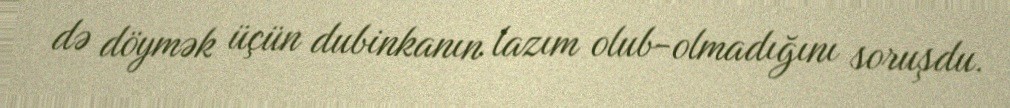
də döymək üçün dubinkanın lazım olub-olmadığını soruşdu.